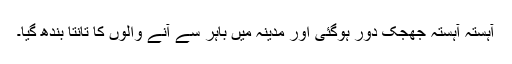
آہستہ آہستہ جھجک دور ہوگئی اور مدینہ میں باہر سے آنے والوں کا تانتا بندھ گیا۔